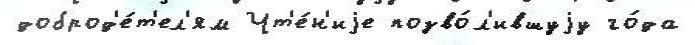
доброд'е́т'ел'ям Чт'е́н'иjе позво́л'ившуjу го́да